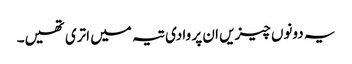
یہ دونوں چیزیں ان پر وادی تیہ میں اتری تھیں۔